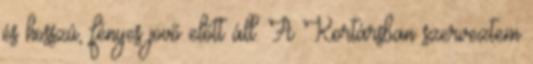
és hosszú, fényes jövő előtt áll. A Kortársban szerveztem